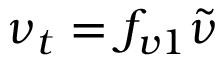
\nu _ { t } = f _ { v 1 } \tilde { \nu }